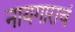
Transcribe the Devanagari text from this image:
नायगाराचं